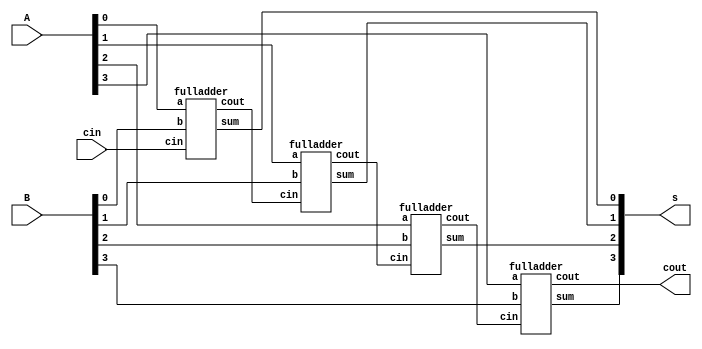

module ripple_carry(s,cout,cin,A,B);
input [3:0] A, B; // Declaration of two four-bit inputs
input cin; // and the one-bit input carry
output [3:0] s; // Declaration of the five-bit outputs
output cout;
wire [2:0] c;  // internal carry wires
fulladder fa0(s[0],c[0],A[0],B[0],cin );
fulladder fa1(s[1],c[1],A[1],B[1],c[0],);
fulladder fa2(s[2],c[2],A[2],B[2],c[1],);
fulladder fa3(s[3],cout,A[3],B[3],c[2],);

endmodule


module fulladder(sum,cout,a,b,cin,);
  input a,b,cin;
  output sum,cout;
  reg sum,cout;
  always @ (a or b or cin)
  begin
    sum <= a ^ b ^ cin;
    cout <= (a & b) | (a & cin) | (b & cin);
  end
endmodule